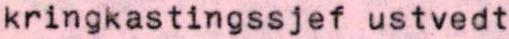
kringkastingssjef ustvedt